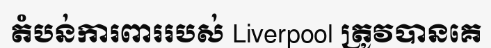
តំបន់ការពាររបស់ Liverpool ត្រូវបានគេ